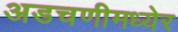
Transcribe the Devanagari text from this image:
अडचणीमध्येर